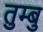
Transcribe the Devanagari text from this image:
तुम्बु